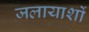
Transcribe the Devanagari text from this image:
जलायाशों